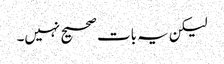
لیکن یہ بات صحیح نہیں۔